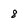
Character: 8